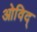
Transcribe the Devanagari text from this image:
ओविद्